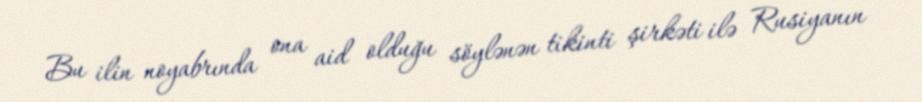
Bu ilin noyabrında ona aid olduğu söylənən tikinti şirkəti ilə Rusiyanın